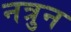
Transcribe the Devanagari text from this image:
नत्रुन